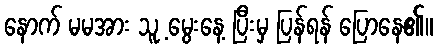
နောက် မမအား သူ့ မွေးနေ့ ပြီးမှ ပြန်ရန် ပြောနေ၏။